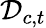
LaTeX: \mathcal{D}_{c,t}